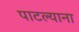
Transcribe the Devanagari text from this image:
पाटल्याना